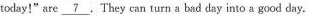
today!" are \underline{7}. They can turn a bad day into a good day.